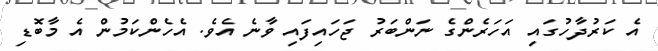
އެ ކަރުދާހުގައި އަހަރެންގެ ނަންބަރު ޖަހައިފައި ވާނެ އެވެ. އެހެންކަމުން އެ މާބޮޑި